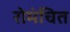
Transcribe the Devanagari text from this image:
रोमंचित